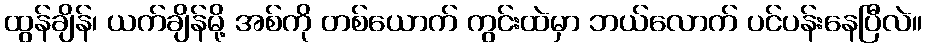
ထွန်ချိန်၊ ယက်ချိန်မို့ အစ်ကို တစ်ယောက် ကွင်းထဲမှာ ဘယ်လောက် ပင်ပန်းနေပြီလဲ။